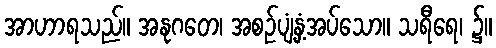
အာဟာရသည်။ အနုဂတေ၊ အစဉ်ပျံ့နှံ့အပ်သော။ သရီရေ၊ ၌။